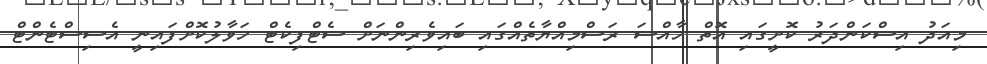
މިއަދު އިސްކަންދަރު ކޮށީގައި އޮތް ހާއްސަ ރަސްމިއްޔާތެއްގައި ބައިވެރިންނަށް ސެޓްފިކެޓް ހަވާލުކޮށްފައިނީ އެސިސްޓެންޓް